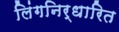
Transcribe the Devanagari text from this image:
लिंगनिर्धारित